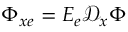
\Phi _ { x e } = E _ { e } \mathcal { D } _ { x } \boldsymbol { \Phi }